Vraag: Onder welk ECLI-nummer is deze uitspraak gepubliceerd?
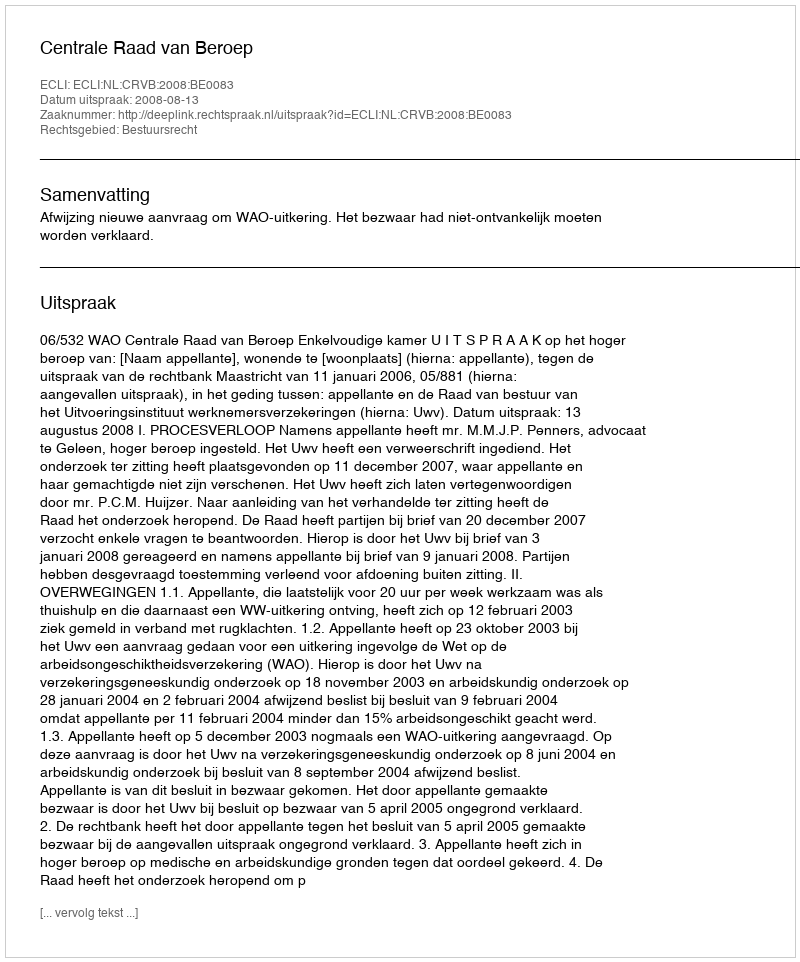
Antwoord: ECLI:NL:CRVB:2008:BE0083